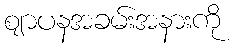
ဈာပနအခမ်းအနားကို